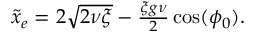
\begin{array} { r } { \tilde { x } _ { e } = 2 \sqrt { 2 \nu \xi } - \frac { \xi g \nu } { 2 } \cos ( \phi _ { 0 } ) . } \end{array}